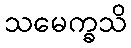
သမေက္ခသိ